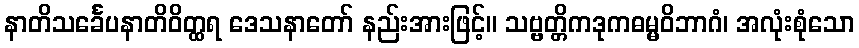
နာတိသင်္ခေပနာတိဝိတ္ထရ ဒေသနာတော် နည်းအားဖြင့်။ သဗ္ဗတ္တိကဒုကဓမ္မဝိဘာဂံ၊ အလုံးစုံသော